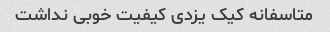
متاسفانه کیک یزدی کیفیت خوبی نداشت